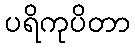
ပရိကုပိတာ